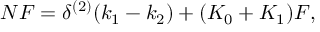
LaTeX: N F = \delta ^ { ( 2 ) } ( k _ { 1 } - k _ { 2 } ) + ( K _ { 0 } + K _ { 1 } ) F ,